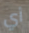
أي